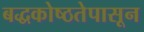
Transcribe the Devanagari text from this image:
बद्धकोष्ठतेपासून